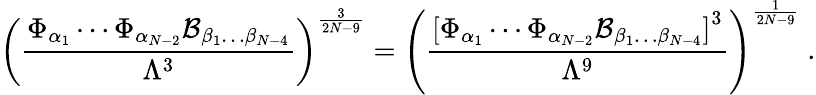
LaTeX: \left({\frac{\Phi_{\alpha_{1}}\cdots\Phi_{\alpha_{N-2}}{\cal B}_{\beta_{1}\dots\beta_{N-4}}}{\Lambda^{3}}}\right)^{\frac{3}{2N-9}}=\left({\frac{\left[\Phi_{\alpha_{1}}\cdots\Phi_{\alpha_{N-2}}{\cal B}_{\beta_{1}\dots\beta_{N-4}}\right]^{3}}{\Lambda^{9}}}\right)^{\frac{1}{2N-9}}~.